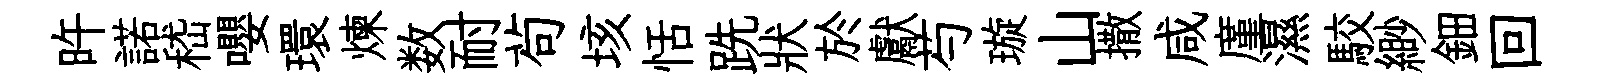
旿諾嵇嚶環煉数耐茍垓恬跣狀於獻芍璇山撒咸廑濕駮緲鈿回